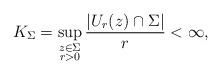
LaTeX: \begin{gather*}K_\Sigma = \sup_{\substack{z \in \Sigma \\ r > 0}} \frac{\left\vert U_r(z) \cap \Sigma \right\vert}{r} < \infty,\end{gather*}